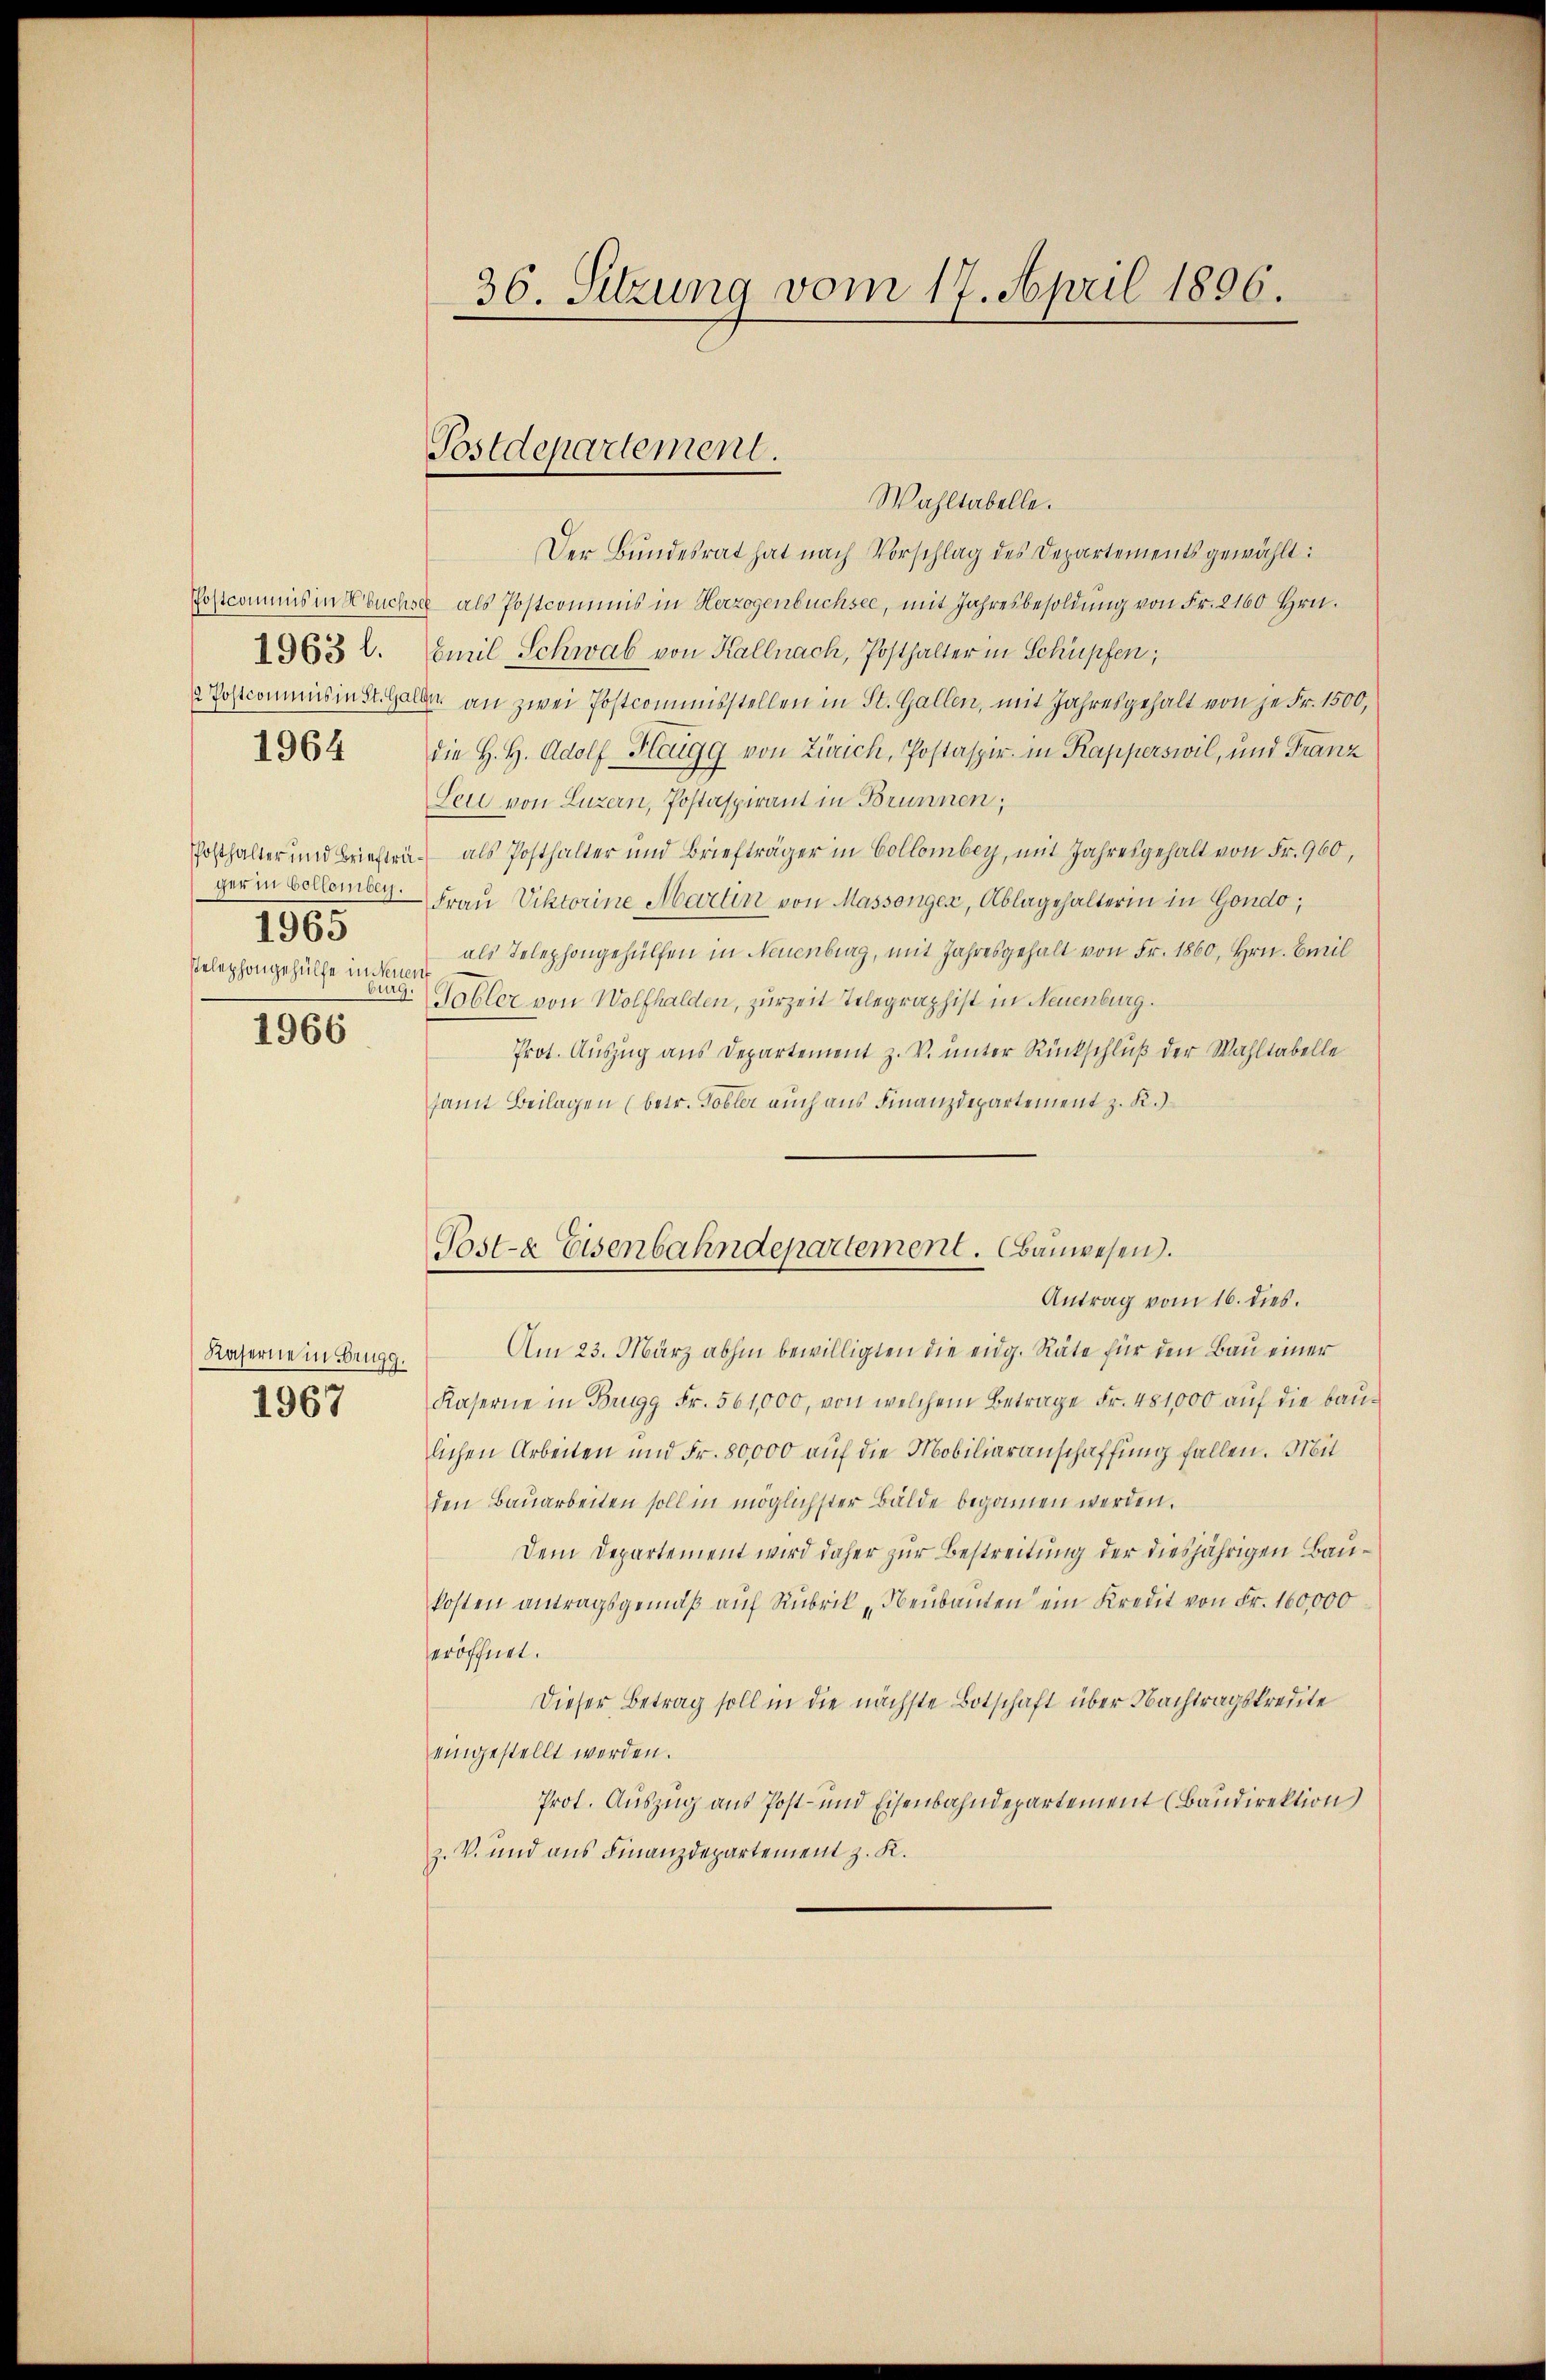
1963 l.
1964

1965
stelephongehülfe in Neuen

1966

Kaserne in Brugg.
1967

Wahltabelle.
Der Bundesrat hat nach Vorschlag des Departements gewählt:
Postcommis in buchse als Postcommis in Herzogenbüchsee, mit Jahresbesoldung von Fr. 2160 Hrn.
Emil Schwab von Kallnach, Posthalter in Schüpfen,
2 Postcommis in St. Galler an zwei Postcommisstellen in St. Gallen, mit Jahresgehalt von je Fr. 1500,
die H. H. Adolf Hengg von Zürich, Postaspir. in Kapperswil, und Franz
Sei von Luzern, Postaspirant in Brunnen;
Posthalter und Briefträ- als Posthalter und Briefträger in Collomber, mit Jahresgehalt von Fr. 960,
ger in Bellember. Frau Viktorine Marten von Massenger, Ablagehalterin in Gondo,
als Telephongehülfen in Neuenburg, mit Jahresgehalt von Fr. 1860, Hrn. Emil
burg. Tobler von Wolfhalden, zurzeit Telegraphist in Neuenburg.
Prot. Auszug aus Departement z. V. unter Rückschluß der Wahltabelle
samt Beilagen (betr. Tobler auch aus Finanzdepartement z. R.)
Post-a Eisenbahndepartement. Bauwesen.

36. Sitzung vom 17. April 1806.

Postdepartement.

Antrag vom 16. dies.
Am 23. März abhin bewilligten die eidg. Räte für den Bau einer
Kaserne in Brugg Fr. 561,000, von welchem Betrage Fr. 481,000 auf die baulichen Arbeiten und Fr. 80,000 auf die Mobiliaranschaffung fallen. Mit
den Bauarbeiten soll in möglichster Bälde begonnen werden.
Dem Departement wird daher zur Bestreitung der diesjährigen Baukosten antragsgemäß auf Rubrik „Neubauten ein Kredit von Fr. 160,000
eröffnet.
Dieser Betrag soll in die nächste Botschaft über Nachtragskredite
eingestellt werden.
Prot. Auszug aus Post- und Eisenbahndepartement (Baudirektion
z. V. und aus Finanzdepartement z. K.